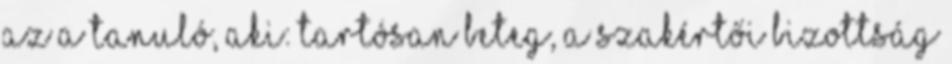
az a tanuló, aki: Tartósan beteg, a szakértői bizottság